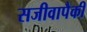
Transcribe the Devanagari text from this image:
सजीवापैकी